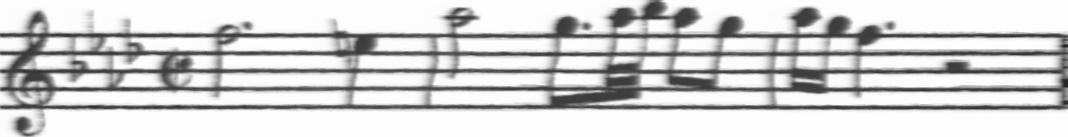
Transcription: clef-G2 keySignature-AbM timeSignature-C/ note-F5_half. note-E5_quarter barline note-Ab5_half note-G5_eighth. note-Ab5_thirty_second note-Bb5_thirty_second note-Ab5_eighth note-G5_eighth barline note-Ab5_sixteenth note-G5_sixteenth note-F5_quarter. rest-half barline